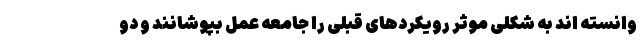
وانسته اند به شکلی موثر رویکردهای قبلی را جامعه عمل بپوشانند و دو